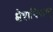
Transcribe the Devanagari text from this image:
क्षेत्राधिकार्